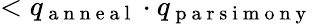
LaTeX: <q_{\mathrm{~a~n~n~e~a~l~}}\cdot q_{\mathrm{~p~a~r~s~i~m~o~n~y~}}